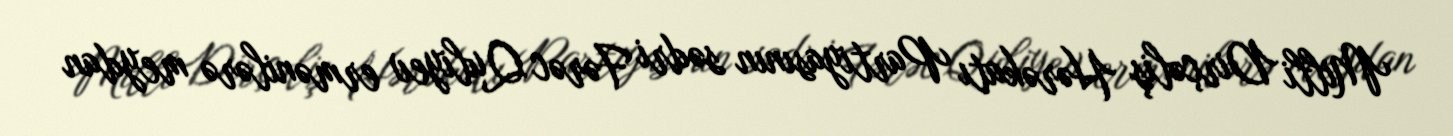
Milli Dirçəliş Hərəkatı Partiyasının sədri Fərəc Quliyev ermənilərə meydan